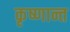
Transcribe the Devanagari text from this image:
कृष्णान्त